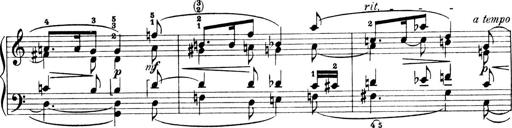
Title: 4 Sonatines
Composer: Max Reger